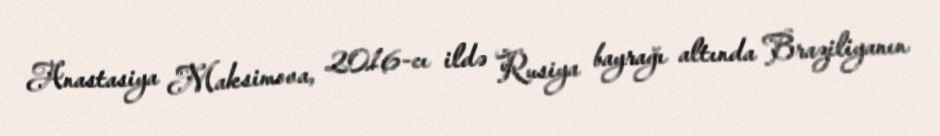
Anastasiya Maksimova, 2016-cı ildə Rusiya bayrağı altında Braziliyanın